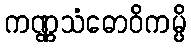
ကဏ္ဏသံဓောဝိကမ္ပိ